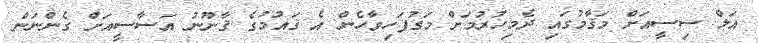
އަލް ސިސީއަށް މަޤާމުގައި ދެމިހުރުމަށް މަގުފަހިވާހެން އެ ޤައުމުގެ ޤާނޫނު އަސާސީއަށް ގެންނަން